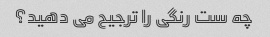
چه ست رنگی را ترجیح می دهید؟